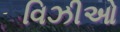
વિઝીઓ